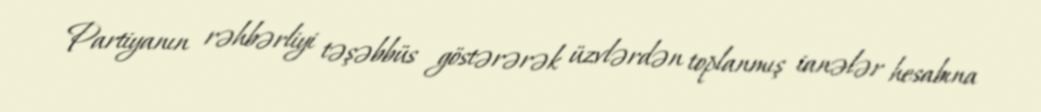
Partiyanın rəhbərliyi təşəbbüs göstərərək üzvlərdən toplanmış ianələr hesabına